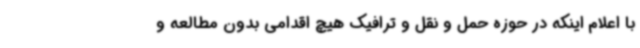
با اعلام اینکه در حوزه حمل و نقل و ترافیک هیچ اقدامی بدون مطالعه و